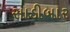
સાડીબાર